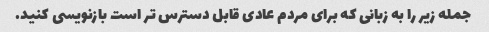
جمله زیر را به زبانی که برای مردم عادی قابل دسترس تر است بازنویسی کنید.